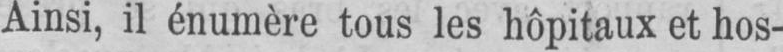
Ainsi, il énumère tous les hôpitaux et hos-